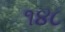
૧૪૮